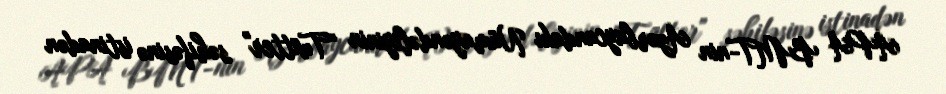
APA BMT-nin Azərbaycandakı Nümayəndəliyinin "Twitter" səhifəsinə istinadən